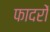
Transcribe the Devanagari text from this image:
फादरों